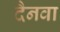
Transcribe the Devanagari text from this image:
दैनवा